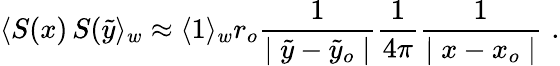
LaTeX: \langle S(x)\, S(\tilde{y}\rangle_{w}\approx\langle 1\rangle_{w}r_{o}{\frac{1}{\mid\tilde{y}-\tilde{y}_{o}\mid}}{\frac{1}{4\pi}}{\frac{1}{\mid x-x_{o}\mid}}\, \, .